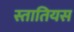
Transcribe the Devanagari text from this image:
स्तातियस